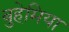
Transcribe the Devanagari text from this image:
बुहेमिया